Medical and sanitary report on the native army of Bombay for the year
Year: 1879
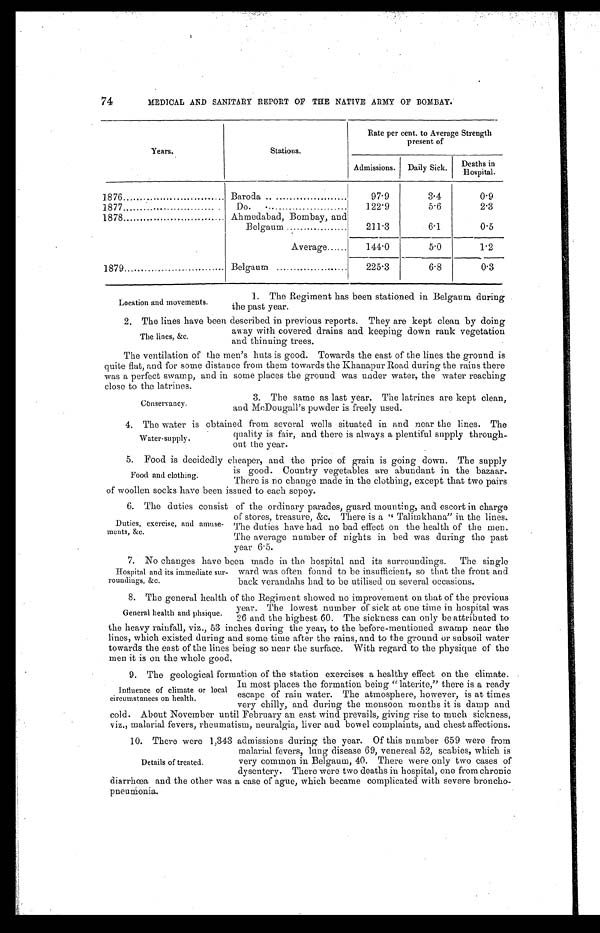
74
MEDICAL AND SANITARY REPORT OF THE NATIVE ARMY OF BOMBAY.
Years.
Stations.
Rate per cent to Average Strength
present of
Admissions.
Daily Sick.
Deaths in
Hospital.
1876 . . .
Baroda . . .
97.9
3.4
0.9
1877 . . .
Do. . . .
122.9
5.6
2.3
1878 . . .
Ahmedabad, Bombay, and Belgaum . . .
211.3
6.1
0.5
Average . . .
144.0
5.0
1.2
1879 . . .
Belgaum . . .
225.3
6.8
0.3
Location and movements.
1. The Regiment has been stationed in Belgaum during
the past year.
2. The lines have been described in previous reports. They are kept clean by doing
away with covered drains and keeping down rank vegetation
and thinning trees.
The ventilation of the men's huts is good. Towards the east of the lines the ground is
quite flat, and for some distance from them towards the Khanapur Road during the rains there
was a perfect swamp, and in some places the ground was under water, the water reaching
close to the latrines.
The lines, &c.
Conservancy.
3. The same as last year. The latrines are kept clean,
and McDougall's powder is freely used.
4 . T h e w a t e r i s o b t a i n e d f r o m s e v e r a l w e l l s s i t u a t e d i n a n d n e a r t h e l i n e s . T h e
quality is fair, and there is always a plentiful supply through
-
out the year.
5. Food is decidedly cheaper, and the price of grain is going down. The supply
is good. Country vegetables are abundant in the bazaar.
There is no change made in the clothing, except that two pairs
of woollen socks have been issued to each sepoy.
6 . T h e d u t i e s c o n s i s t o f t h e o r d i n a r y p a r a d e s , g u a r d m o u n t i n g , a n d e s c o r t i n c h a r g e
of stores, treasure, &c. There is a "Talimkhana" in the lines.
The duties have had no bad effect on the health of the men.
The average number of nights in bed was during the past
year 6.5.
7 . N o c h a n g e s h a v e b e e n m a d e i n t h e h o s p i t a l a n d i t s s u r r o u n d i n g s . T h e s i n g l e
ward was often found to be insufficient, so that the front and
back verandahs had to be utilised on several occasions.
8. The general health of the Regiment showed no improvement on that of the previous
year. The lowest number of sick at one time in hospital was
26 and the highest 60. The sickness can only be attributed to
the heavy rainfall, viz., 53 inches during the year, to the before-mentioned swamp near the
lines, which existed during and some time after the rains, and to the ground or subsoil water
towards the east of the lines being so near the surface. With regard to the physique of the
men it is on the whole good.
9. The geological formation of the station exercises a healthy effect on the climate.
In most places the formation being "laterite," there is a ready
escape of rain water. The atmosphere, however, is at times
very chilly, and during the monsoon months it is damp and
cold. About November until February an east wind prevails, giving rise to much sickness,
viz., malarial fevers, rheumatism, neuralgia, liver and bowel complaints, and chest affections.
10. There were 1,343 admissions during the year. Of this number 659 were from
malarial fevers, lung disease 69, venereal 52, scabies, which is
very common in Belgaum, 40. There were only two cases of
dysentery. There were two deaths in hospital, one from chronic
diarrhœa and the other was a case of ague, which became complicated with severe broncho
-
pneumonia.
Water-supply.
Food and clothing.
Duties, exercise, and amuse-
ments, &c.
Hospital and its immediate sur
-
roundings, &c.
General health and phsique.
Influence of climate or local
circumstances on health.
Details of treated.